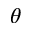
\theta